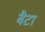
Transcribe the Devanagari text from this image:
बैटा